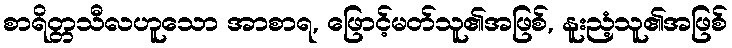
စာရိတ္တသီလဟူသော အာစာရ, ဖြောင့်မတ်သူ၏အဖြစ်, နူးညံ့သူ၏အဖြစ်